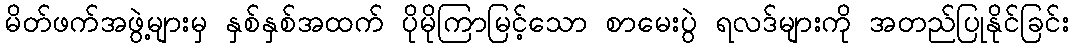
မိတ်ဖက်အဖွဲ့များမှ နှစ်နှစ်အထက် ပိုမိုကြာမြင့်သော စာမေးပွဲ ရလဒ်များကို အတည်ပြုနိုင်ခြင်း